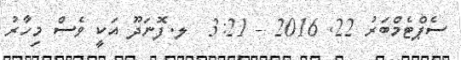
ސެޕްޓެމްބަރު 22